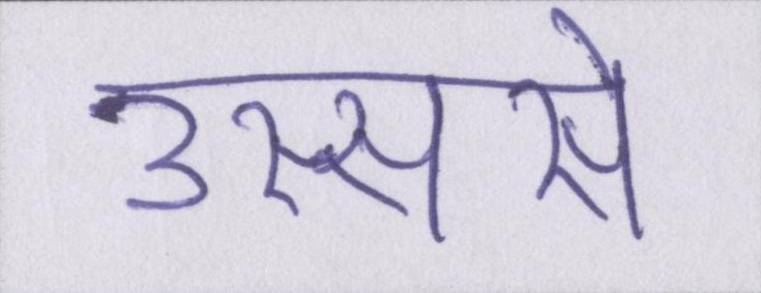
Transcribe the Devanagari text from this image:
उस्ससे